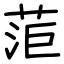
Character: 菃